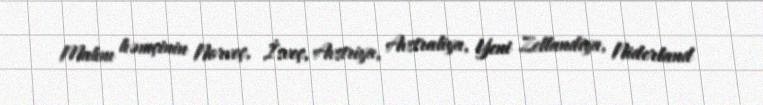
Mahnı həmçinin Norveç, İsveç, Avstriya, Avstraliya, Yeni Zellandiya, Niderland